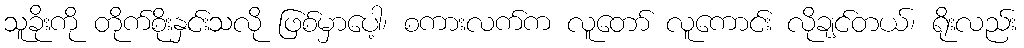
သူခိုးကို တိုက်စိုးနှင်းသလို ဖြစ်မှာပေါ့၊ စကားလက်က လူတော် လူကောင်း လိုချင်တယ်၊ ရိုးလည်း